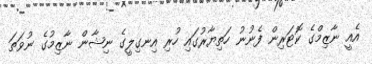
އެއީ ނާޒިމްގެ ކޮޓަރިން ފެނުނު ހަތިޔާރުގައި ހުރި އިނގިލީގެ ނިޝާން ނާޒިމުގެ ނުވަތަ